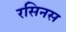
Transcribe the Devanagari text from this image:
रसिनस